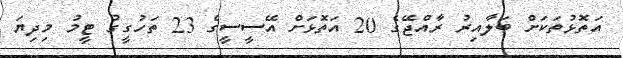
އަތޮޅުތަކަށް ބަލާއިރު ރާއްޖޭގެ 20 އަތޮޅަށް އޭސީސީގެ 23 ތަހުގީގު ޓީމު މިދިޔަ